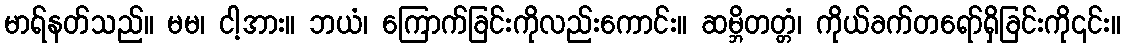
မာရ်နတ်သည်။ မမ၊ ငါ့အား။ ဘယံ၊ ကြောက်ခြင်းကိုလည်းကောင်း။ ဆမ္ဘိတတ္တံ၊ ကိုယ်ခက်တရော်ရှိခြင်းကို၎င်း။